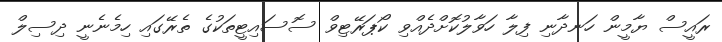
ރައީސް ޔާމީން ހަނދާނި ފިލާ ހަވާލުކޮށްދެއްވި ކޯޕަރޭޓިވް ސޮސައިޓީތަކުގެ ތެރޭގައި ހިމެނެނީ ދިސިލް